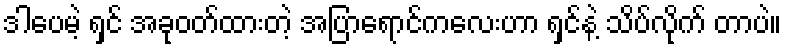
ဒါပေမဲ့ ရှင် အခုဝတ်ထားတဲ့ အပြာရောင်ကလေးဟာ ရှင်နဲ့ သိပ်လိုက် တာပဲ။